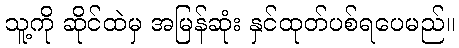
သူ့ကို ဆိုင်ထဲမှ အမြန်ဆုံး နှင်ထုတ်ပစ်ရပေမည်။